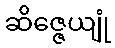
ဆိဇ္ဇေယျုံ